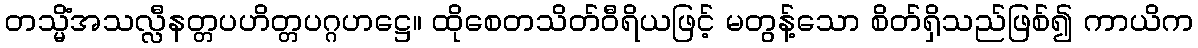
တသ္မိံအသလ္လီနတ္တပဟိတ္တပဂ္ဂဟဋ္ဌေ။ ထိုစေတသိတ်ဝီရိယဖြင့် မတွန့်သော စိတ်ရှိသည်ဖြစ်၍ ကာယိက